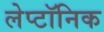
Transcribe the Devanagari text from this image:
लेप्टॉनिक